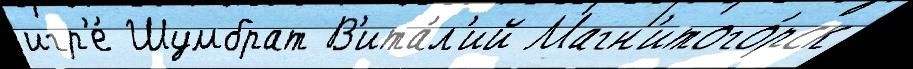
игр'е́ Шумбрат В'ита́л'ий Магн'итого́рск